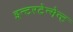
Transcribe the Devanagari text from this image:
इन्टरटेन्मेन्ट